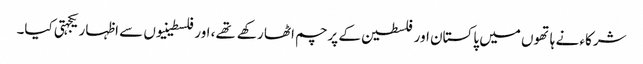
شرکاء نے ہاتھوں میں پاکستان اور فلسطین کے پرچم اٹھا رکهے تهے، اور فلسطینیوں سے اظہار یکجہتی کیا۔